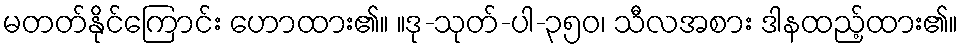
မတတ်နိုင်ကြောင်း ဟောထား၏။ ။ဒု-သုတ်-ပါ-၃၅၀၊ သီလအစား ဒါနထည့်ထား၏။